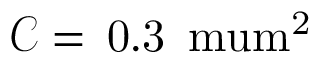
\mathcal { C } = \, \mathrm { 0 . 3 \, \ m u m ^ { 2 } }